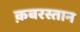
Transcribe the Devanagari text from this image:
क़बरस्तान